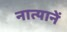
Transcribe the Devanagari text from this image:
नात्यानें